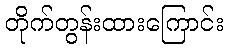
တိုက်တွန်းထားကြောင်း